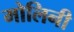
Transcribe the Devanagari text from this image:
मोलिनी